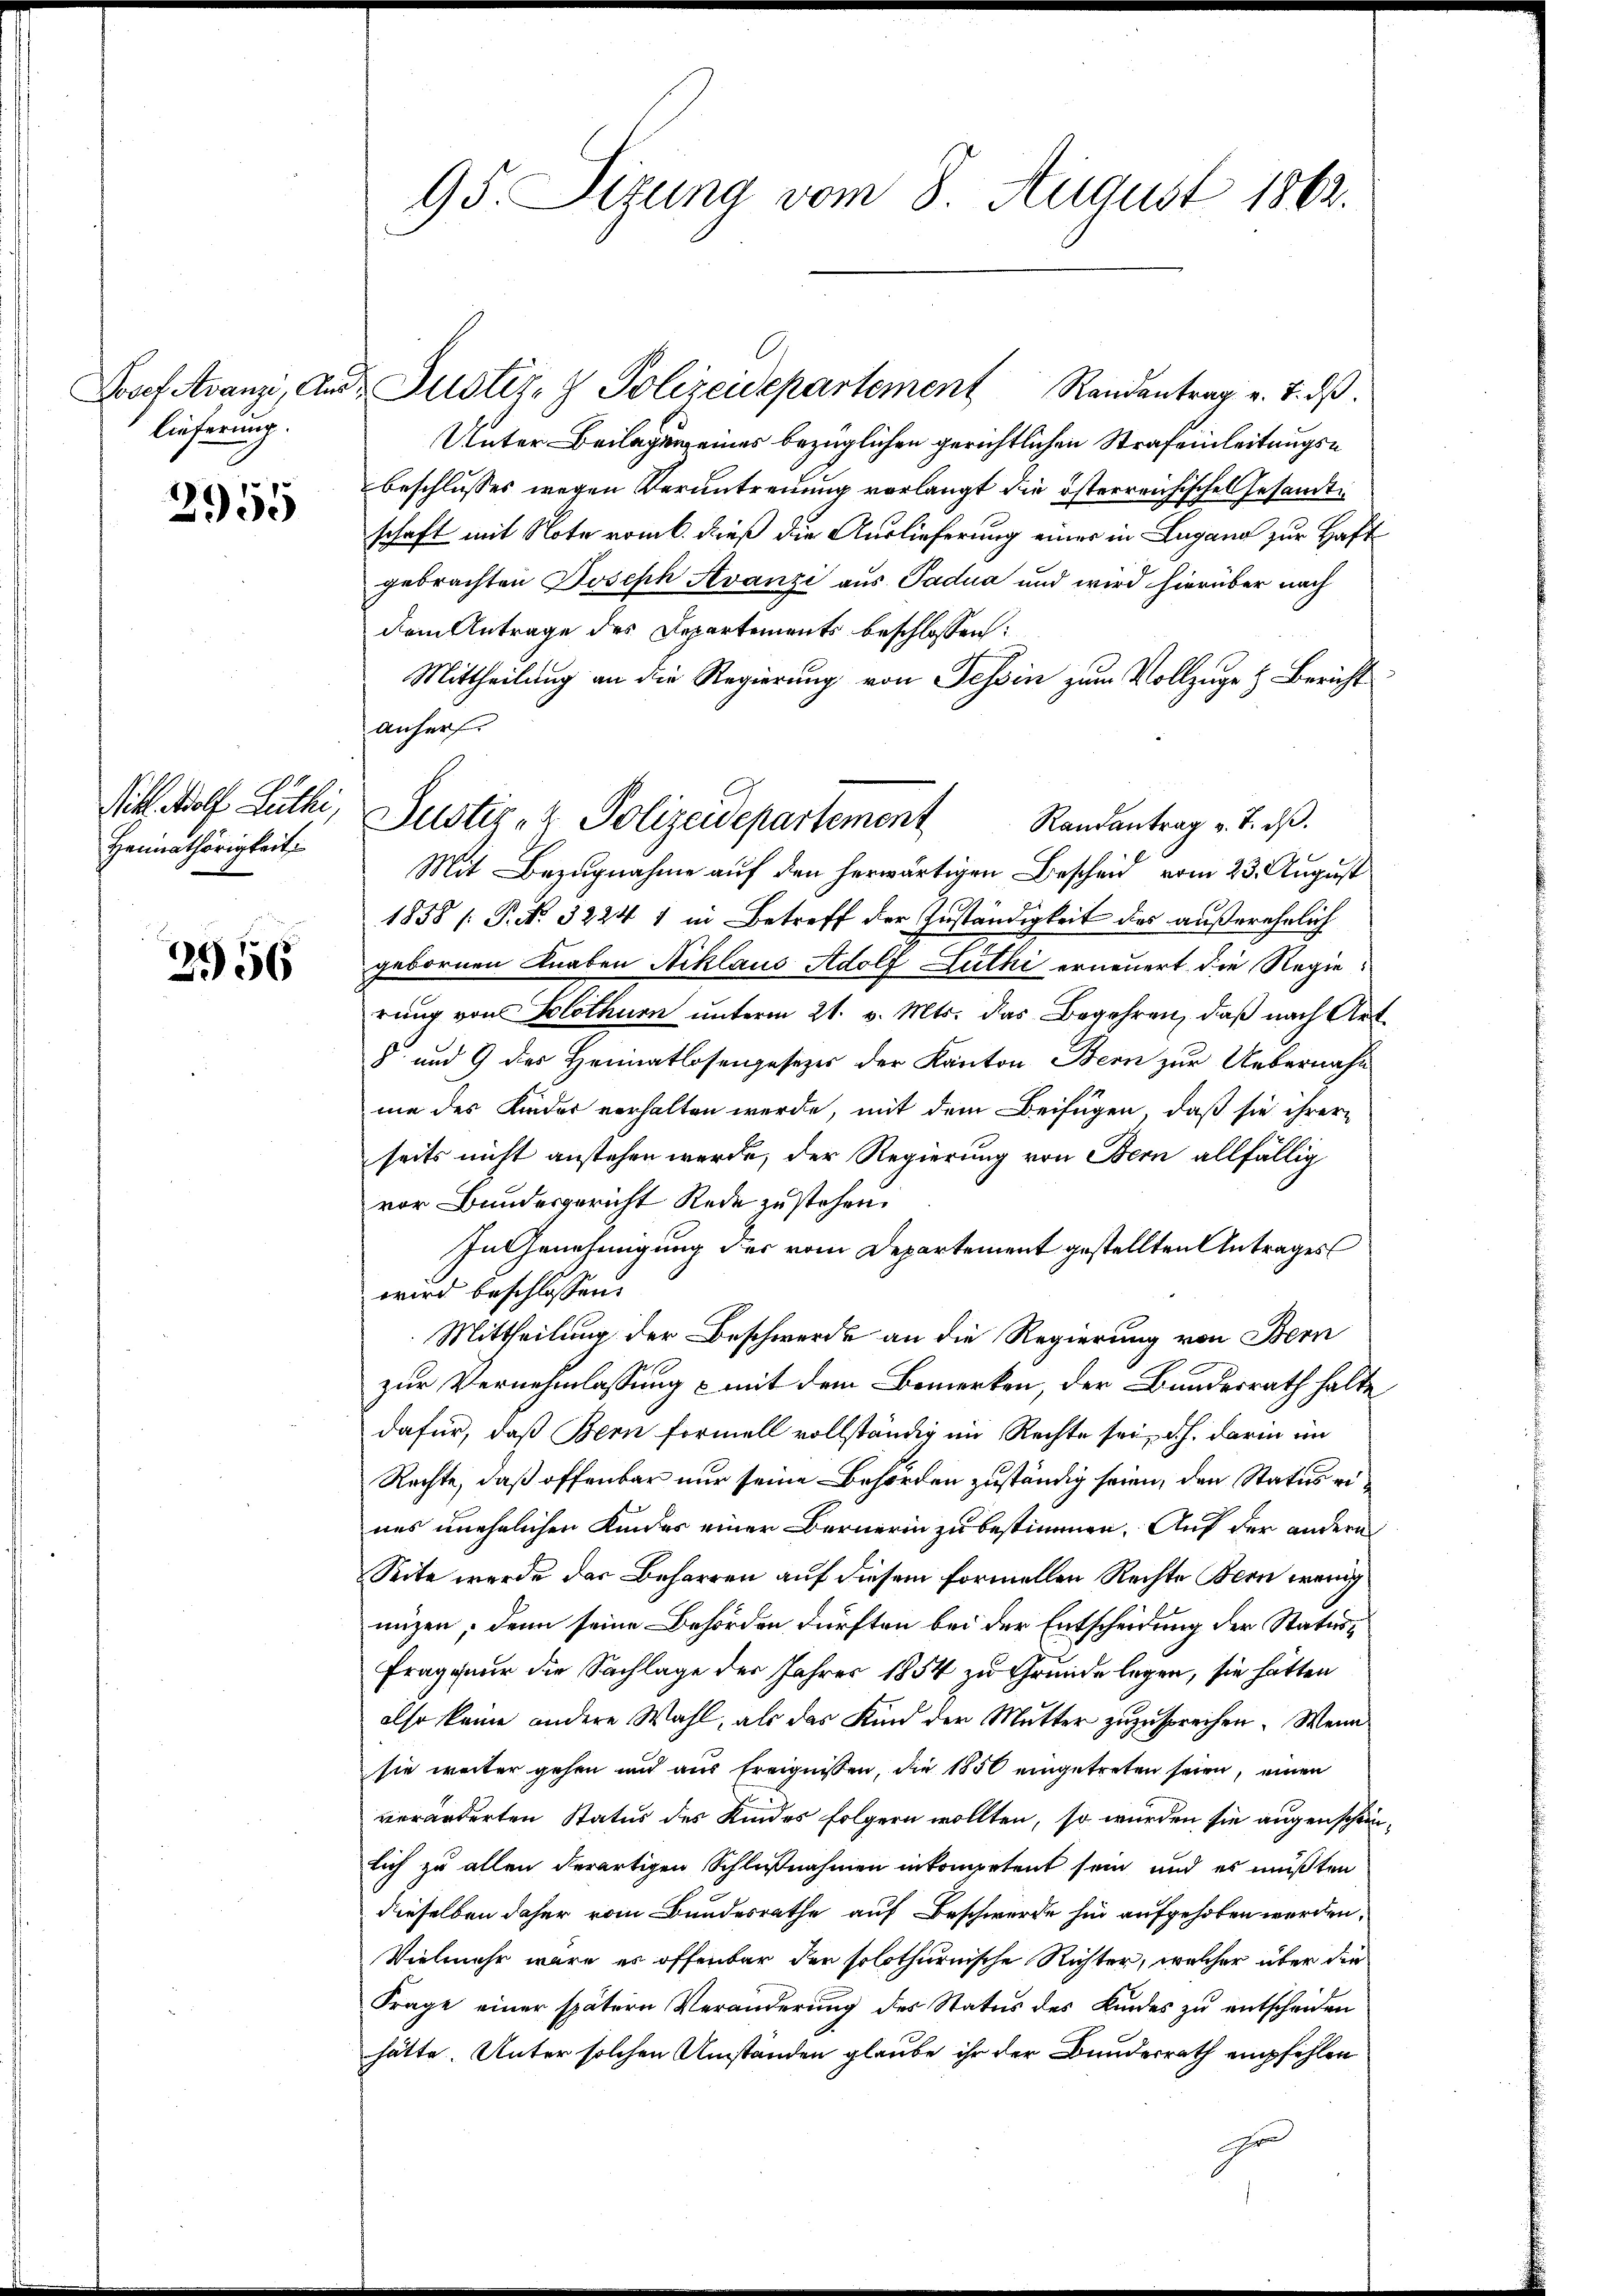
Josef Avanz, Aus
lieferung.

2955

Pill. Wolf Guthi,
Heimathörigkeit

2956

95. Sizung vom 8. August 1862.

Justiz- & Polizeidepartement Randantrag u. 7. dβ.
Unter Beilagen eines bezüglichen gerichtlichen Strafeinleitungsbeschlusses wegen Verantreuung vorlangt die österreichisches Gesandte
schaft mit Note vom 6. dieß die Auslieferung einer in Lugang zur Haft
gebrachten Joseph Avanzi aus Padua und wird hierüber nach
dem Antrage des Departements beschlossen:
Mittheilung an die Regierung von Tessin zum Vollzuge & Bericht
anherr
Mit Bezugnahme auf den herwärtigen Bescheid vom 23. August
1858 [P.No. 3224 1 in Betreff der Zuständigkeit des außerehelich
gebornen Knaben Niklaus Adolf Zuthi erneuert die Regierung von Solothurn unterm 21. v. Mts. das Begehren, daß nach Art.
8 und 9 des Heimatlosengesezes der Kanton Bern zur Uebernahm
me des Kinder verhalten werde, mit dem Beifügen, daß sie ihrere
seits nicht anstehen werde, der Regierung von Bern allfällig
vor Bundesgericht Rede zu stehen.
In Genehmigung des vom Departement gestellten Antrages
wird beschlossen:
Mittheilung der Beschwerde an die Regierung von Bern
zur Vernehmlassung & mit dem Bemerken, der Bundesrath halte
dafür, daß Bern formell vollständig im Rechte sei, d.h. darin im
Rechte, daß offenbar nur seine Behörden zuständig seien, den Status eines unehelichen Kindes einer Bernerin zu bestimmen. Auf der andern
Seite wurde das Beharren auf diesem formellen Rechte Bern wenig
unzen, denn seine Behörden dürften bei der Entscheidung der Status¬
Frage nur die Sachlage der Jahres 1854 zu Grunde legen, sie hätten
also keine andere Wahl, als das Kind der Mutter zuzusprechen. Wenn
sie weiter gehen und aus Ereignissen, die 1850 eingetreten seien, einen
veränderten Status des Kindes folgern wollten, so würden sie augenscheinlich zu allen derartigen Schlußnahmen in kompetent sein und es müßten
dieselben daher vom Bundesrathe auf Beschwerde hin aufgehoben werden,
Vielmehr wäre es offenbar der solothurnische Richter, welcher über die
Frage einer spätern Veränderung des Status des Kindes zu entscheiden
hätte. Unter solchen Umständen glaube ihr der Bundesrath empfehlen
ohren

Justiz- & Polizeidepartement Randantrag v. J. dβ.